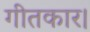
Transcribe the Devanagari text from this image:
गीतकार।